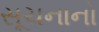
સૂચનાનો